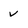
Character: v